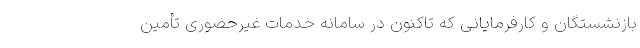
بازنشستگان و کارفرمایانی که تاکنون در سامانه خدمات غیرحضوری تأمین